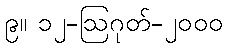
၉။ ၁၂-ဩဂုတ်-၂၀၀၀